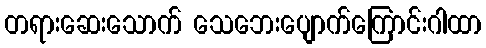
တရားဆေးသောက် သေဘေးပျောက်ကြောင်းဂါထာ